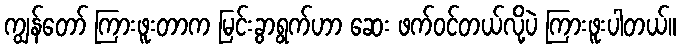
ကျွန်တော် ကြားဖူးတာက မြင်းခွာရွက်ဟာ ဆေး ဖက်ဝင်တယ်လို့ပဲ ကြားဖူးပါတယ်။